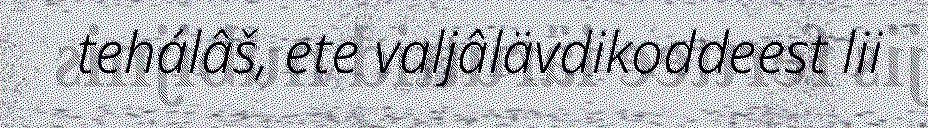
tehálâš, ete valjâlävdikoddeest lii